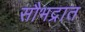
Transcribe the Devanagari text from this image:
सौभद्रात